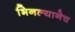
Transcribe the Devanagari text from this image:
भिनल्यानेच